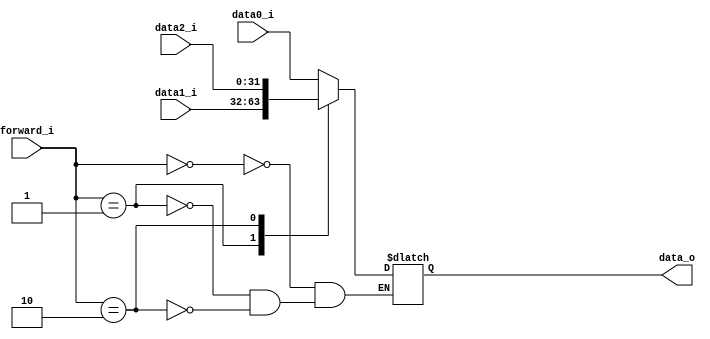
module MUX2(
	data0_i,
    data1_i,
    data2_i,
    forward_i,
    data_o
);

input	signed	[31:0]	data0_i;
input	signed	[31:0]	data1_i;
input	signed	[31:0]	data2_i;
input			[1:0]	forward_i;
output	signed	[31:0]	data_o;

reg		signed	[31:0]	data_o;

always @(*) begin
	case(forward_i)
		2'b00: data_o = data0_i;
		2'b01: data_o = data1_i;
		2'b10: data_o = data2_i;
	endcase
end

endmodule